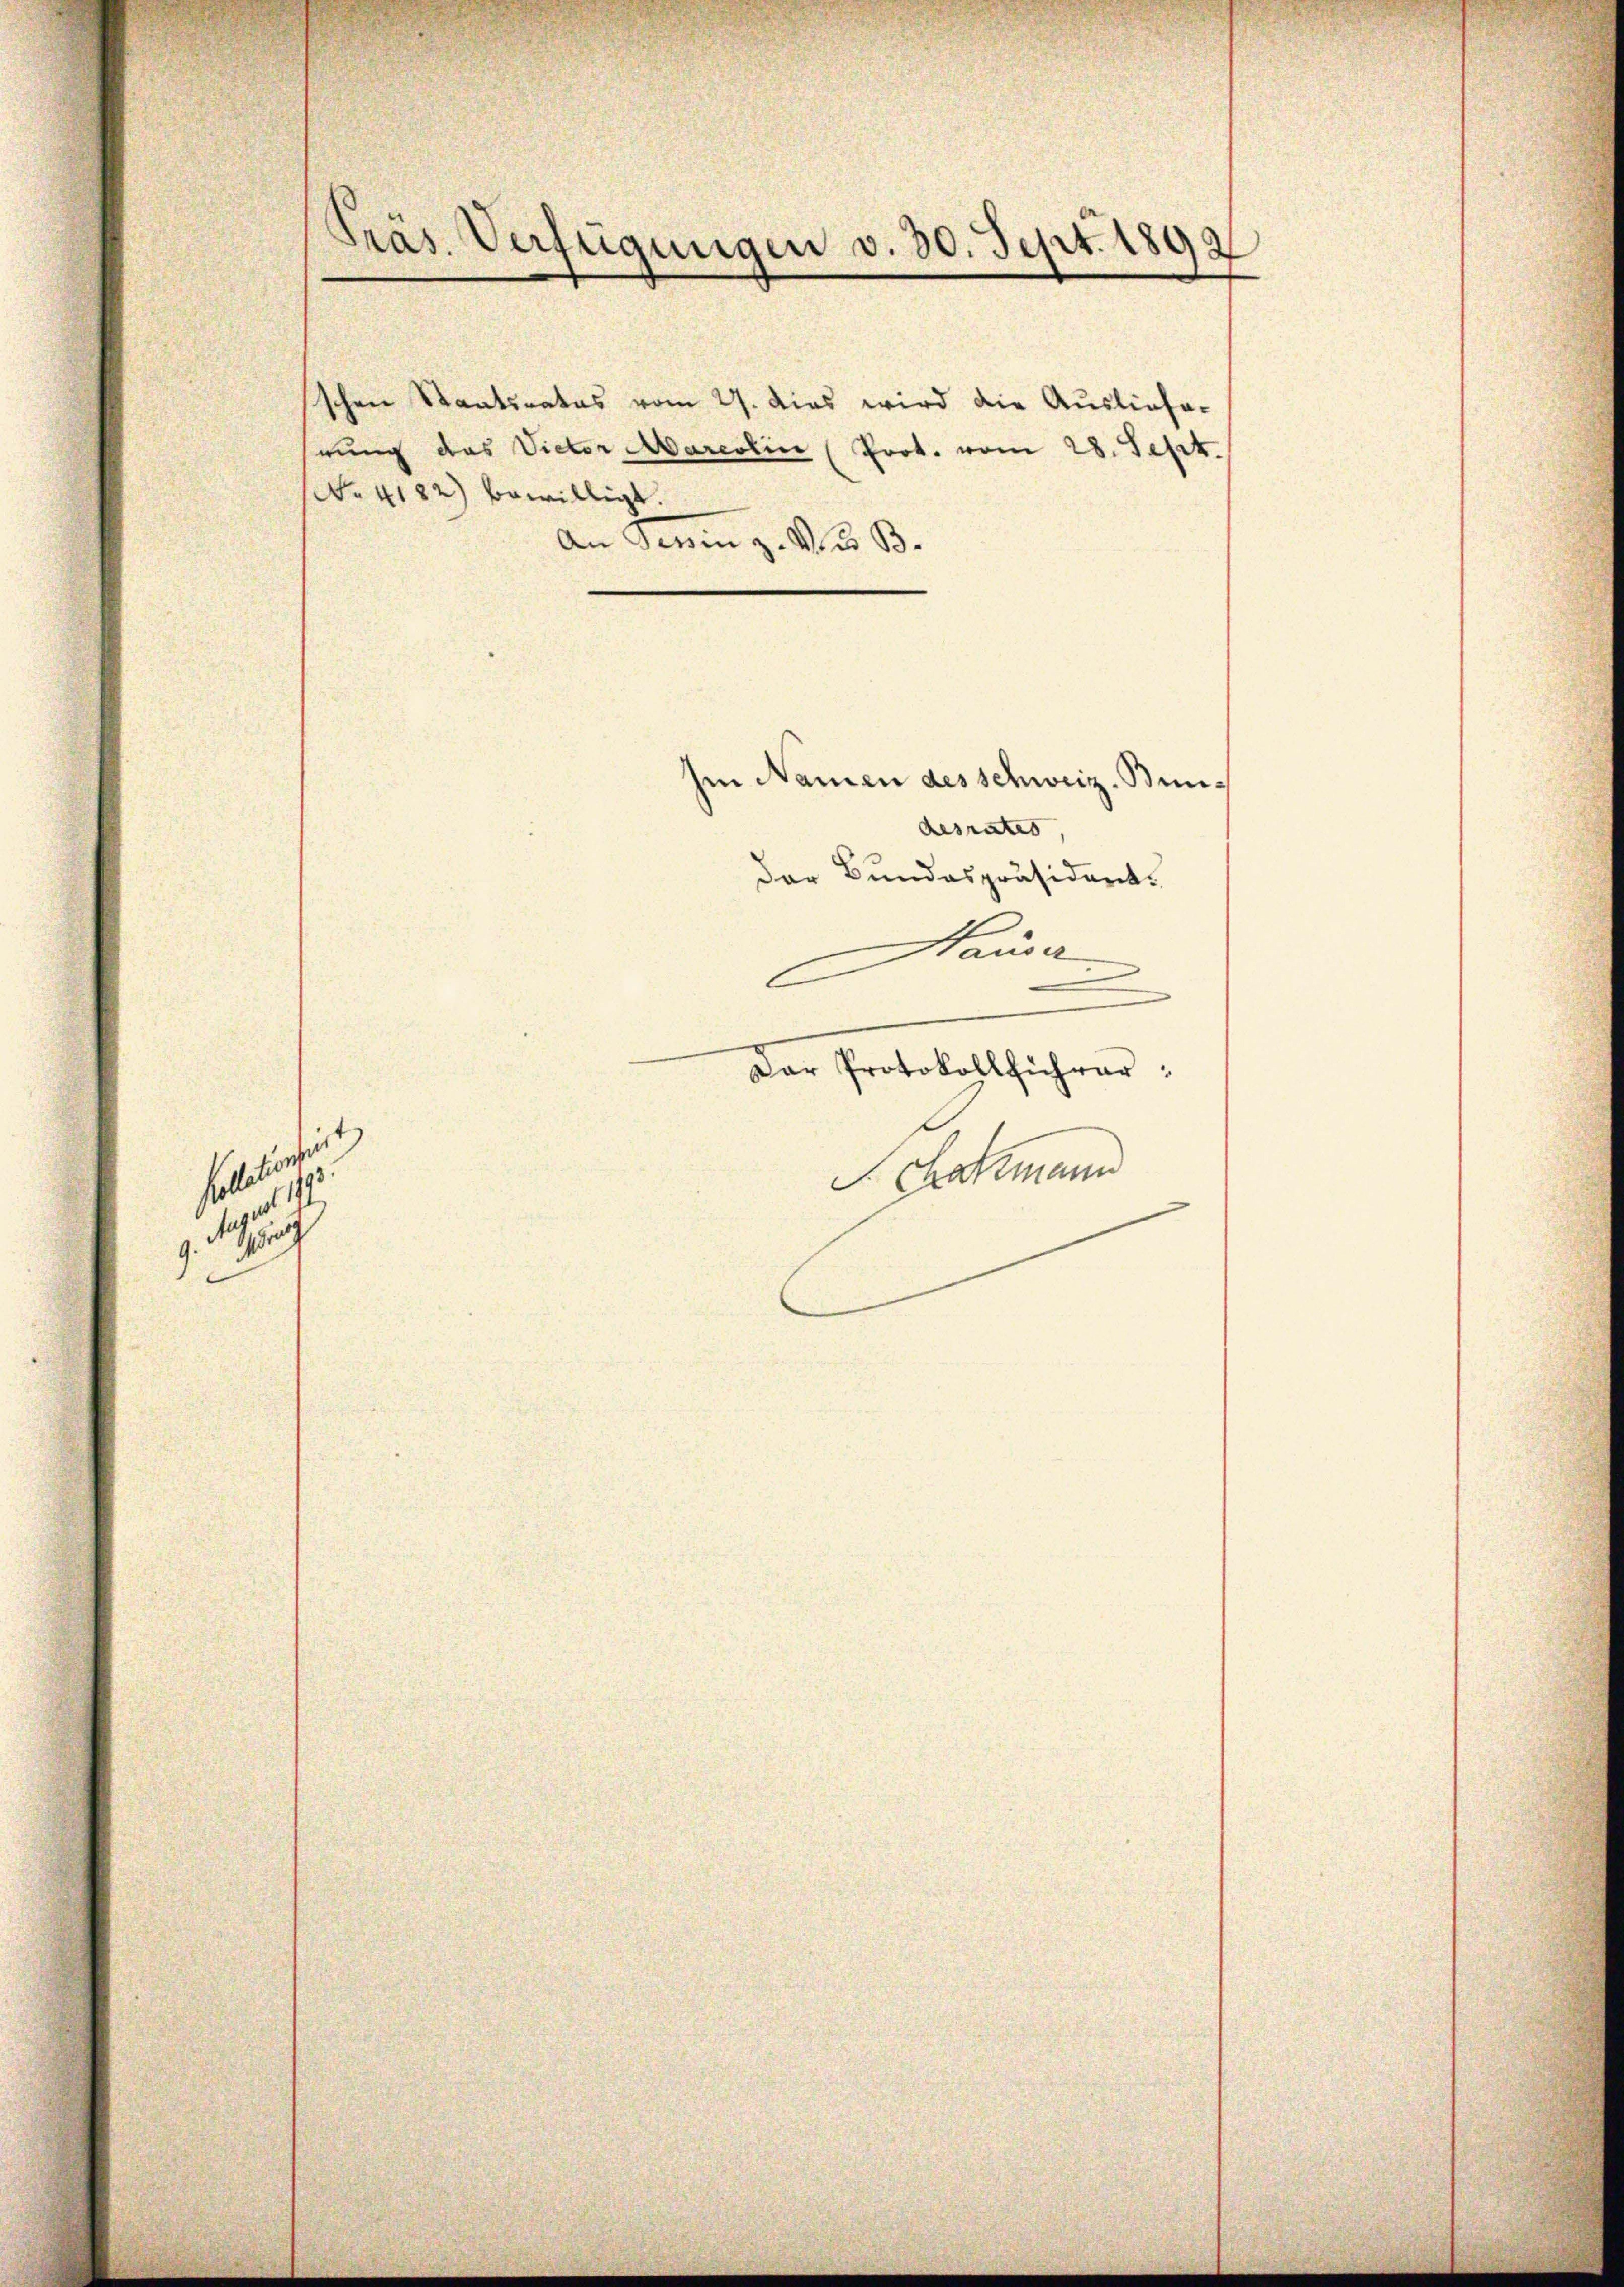
Präs. Verfügungen v. 30. Sept. 1892

fehle in ein

.
9. 1

(No. 4122) bewilligt.
An Seren z. Zu B.

schen Staatsrates vom 27. dies wird die Auslieferung das Victor Mareolin (Prot. vom 28. Sept.

n
Dar Protokollführer:
S. Satzmann

Im Namen des schweiz. Bundesrates |
Der Bundespräsidert.
Hauser